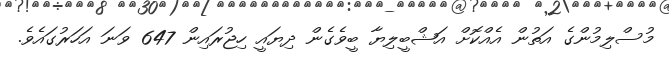
މުސްލިމުންގެ އަތުން އެއްކޮށް އަޝްބީލިޔާ ބީވެގެން ދިޔައީ ހިޖުރައިން 647 ވަނަ އަހަރުގައެވެ.